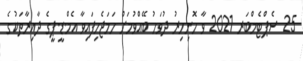
25 ސެޕްޓެމްބަރ 2021 ވާ ހޮނިހިރު ދުވަހު ބޭއްވުމަށް ހަމަޖެހިފައިވާ އެމް.ޑީ.ޕީގެ ދާއިރާތަކުގެ